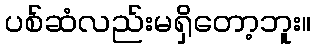
ပစ်ဆံလည်းမရှိတော့ဘူး။